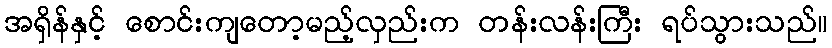
အရှိန်နှင့် စောင်းကျတော့မည့်လှည်းက တန်းလန်းကြီး ရပ်သွားသည်။